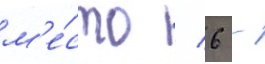
м'е́сто / 6 -